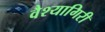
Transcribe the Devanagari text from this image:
वैश्यागिरी